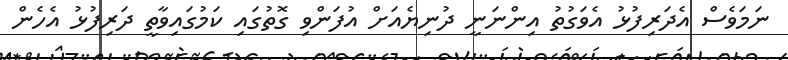
ނަމަވެސް އެދަރިފުޅު އެވަގުތު އިންނަނީ ދުނިޔެއަށް އުފަންވި ގޮތުގައި ކަމުގައިވާތީ ދަރިފުޅު އެހެން